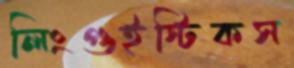
লিংগুইস্টিকস